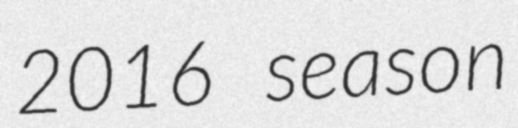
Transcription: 2016 season